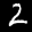
Label: 2